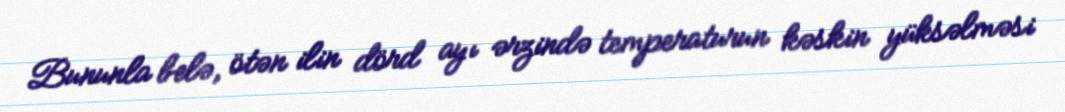
Bununla belə, ötən ilin dörd ayı ərzində temperaturun kəskin yüksəlməsi